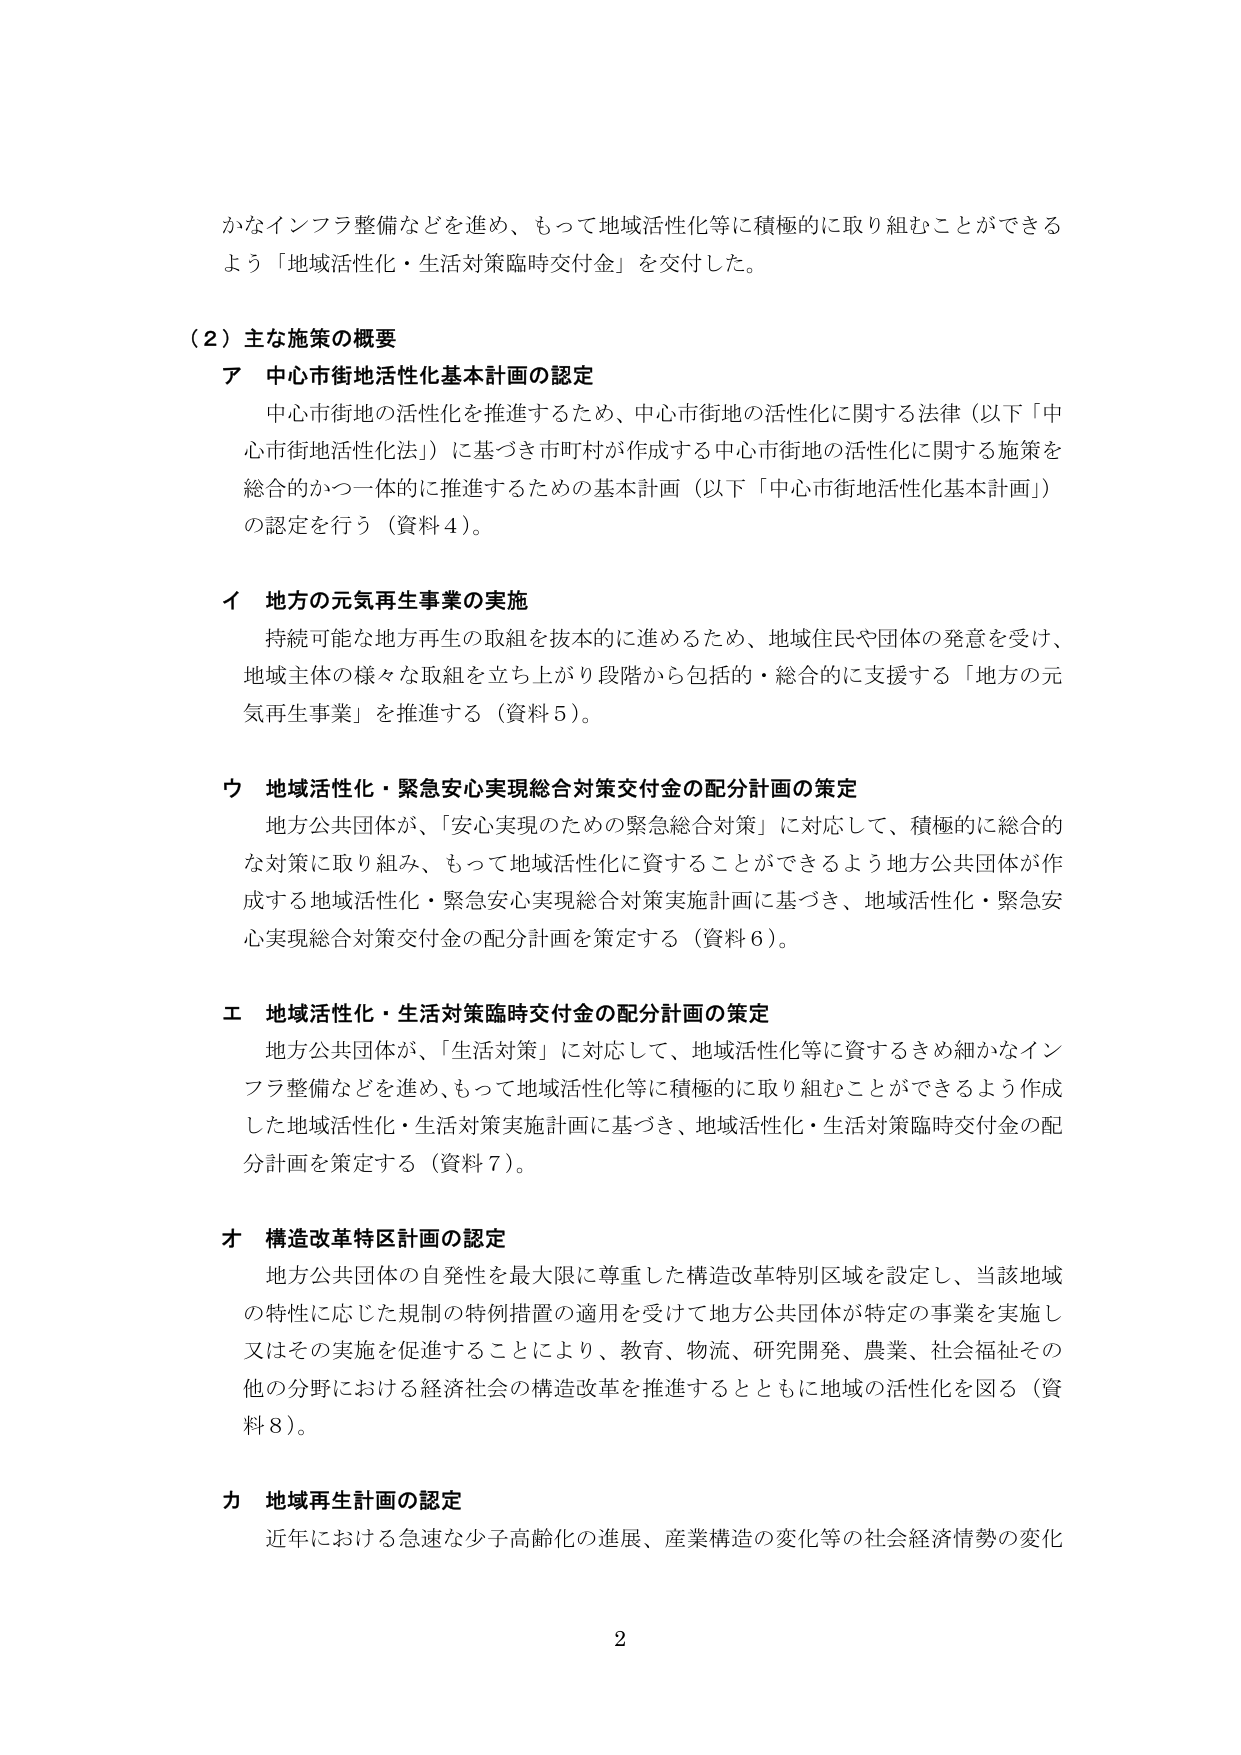
かなインフラ整備などを進め、もって地域活性化等に積極的に取り組むことができるよう「地域活性化・生活対策臨時交付金」を交付した。

（２）主な施策の概要

ア 中心市街地活性化基本計画の認定
中心市街地の活性化を推進するため、中心市街地の活性化に関する法律（以下「中心市街地活性化法」）に基づき市町村が作成する中心市街地の活性化に関する施策を総合的かつ一体的に推進するための基本計画（以下「中心市街地活性化基本計画」）の認定を行う（資料４）。

イ 地方の元気再生事業の実施
持続可能な地方再生の取組を抜本的に進めるため、地域住民や団体の発意を受け、地域主体の様々な取組を立ち上がり段階から包括的・総合的に支援する「地方の元気再生事業」を推進する（資料５）。

ウ 地域活性化・緊急安心実現総合対策交付金の配分計画の策定
地方公共団体が、「安心実現のための緊急総合対策」に対応して、積極的に総合的な対策に取り組み、もって地域活性化に資することができるよう地方公共団体が作成する地域活性化・緊急安心実現総合対策実施計画に基づき、地域活性化・緊急安心実現総合対策交付金の配分計画を策定する（資料６）。

エ 地域活性化・生活対策臨時交付金の配分計画の策定
地方公共団体が、「生活対策」に対応して、地域活性化等に資するきめ細かなインフラ整備などを進め、もって地域活性化等に積極的に取り組むことができるよう作成した地域活性化・生活対策実施計画に基づき、地域活性化・生活対策臨時交付金の配分計画を策定する（資料７）。

オ 構造改革特区計画の認定
地方公共団体の自発性を最大限に尊重した構造改革特別区域を設定し、当該地域の特性に応じた規制の特例措置の適用を受けて地方公共団体が特定の事業を実施し又はその実施を促進することにより、教育、物流、研究開発、農業、社会福祉その他の分野における経済社会の構造改革を推進するとともに地域の活性化を図る（資料８）。

カ 地域再生計画の認定
近年における急速な少子高齢化の進展、産業構造の変化等の社会経済情勢の変化

2